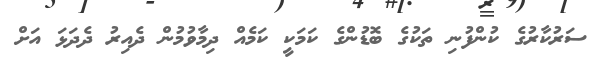
ސަރުކާރުގެ ކުންފުނި ތަކުގެ ބޮޑުންގެ ކަމަކީ ކަމެއް ދިމާވުމުން ދެއިރު ދެދަޅަ އަށް